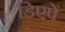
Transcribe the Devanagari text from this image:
डिएपें